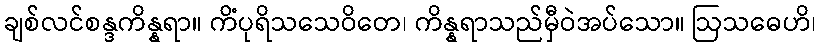
ချစ်လင်စန္ဒကိန္နရာ။ ကိံပုရိသသေဝိတေ၊ ကိန္နရာသည်မှီဝဲအပ်သော။ ဩသဓေဟိ၊